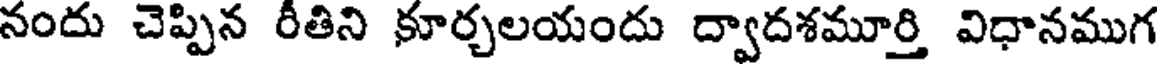
నందు చెప్పిన రీతిని కూర్చలయందు ద్వాదశమూర్తి విధానముగ